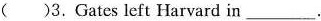
( )3.Gates left Harvard in___.